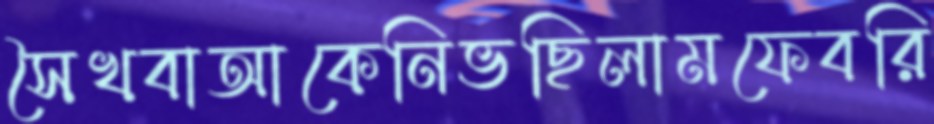
সৈখবাআকেনিভছিলামফেবরি